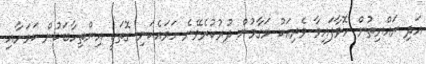
އަދި ރައްޔިތުން ހޮވާފައިވާ ވެރިއަކު މަގާމުން ދުރުކުރެވޭނެ ހަމައެކަނި ގޮތަކީ އިންތިހާބަކުން ކަމަށާއި